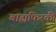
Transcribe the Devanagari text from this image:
बाह्यफिरकी